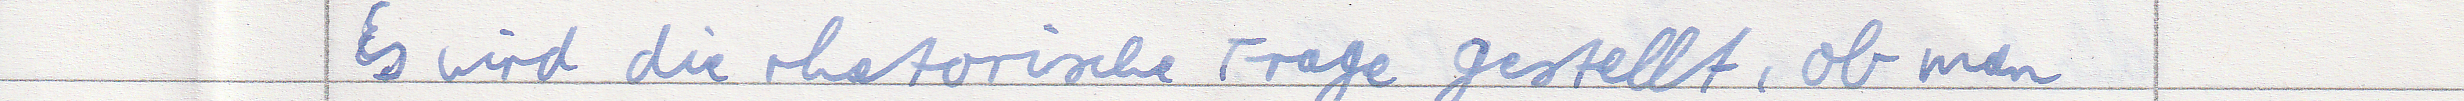
Es wird die rhetorische Frage gestellt, ob man